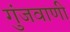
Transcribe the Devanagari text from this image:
गुंजवाणी